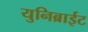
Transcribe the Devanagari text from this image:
युनिब्राईट